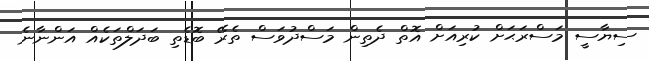
ސިޔާސީ މަސްރަޙަށް ކުރިއަށް އޮތް ދެތިން މަސްދުވަސް ތެރޭ ބޮޑެތި ބަދަލްތަކެއް އަންނާނެ